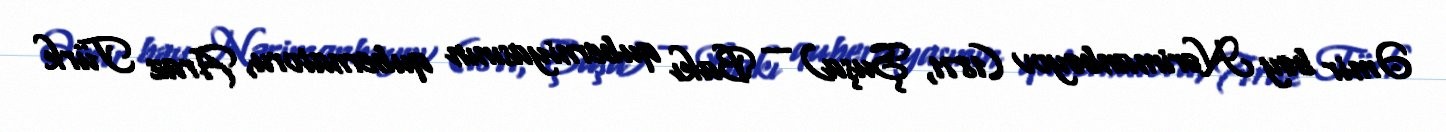
Əmir bəy Nərimanbəyov (1871, Şuşa) — Bakı quberniyasının qubernatoru, Araz Türk